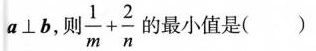
a \bot b，则 $$\frac { 1 } { m } + \frac { 2 } { n }$$ 的最小值是( )